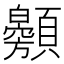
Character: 𩕰